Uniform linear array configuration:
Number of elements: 32
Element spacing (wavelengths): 1
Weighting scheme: cosine
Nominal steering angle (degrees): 15
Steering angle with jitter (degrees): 14.998
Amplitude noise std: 0.05
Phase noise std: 0.05

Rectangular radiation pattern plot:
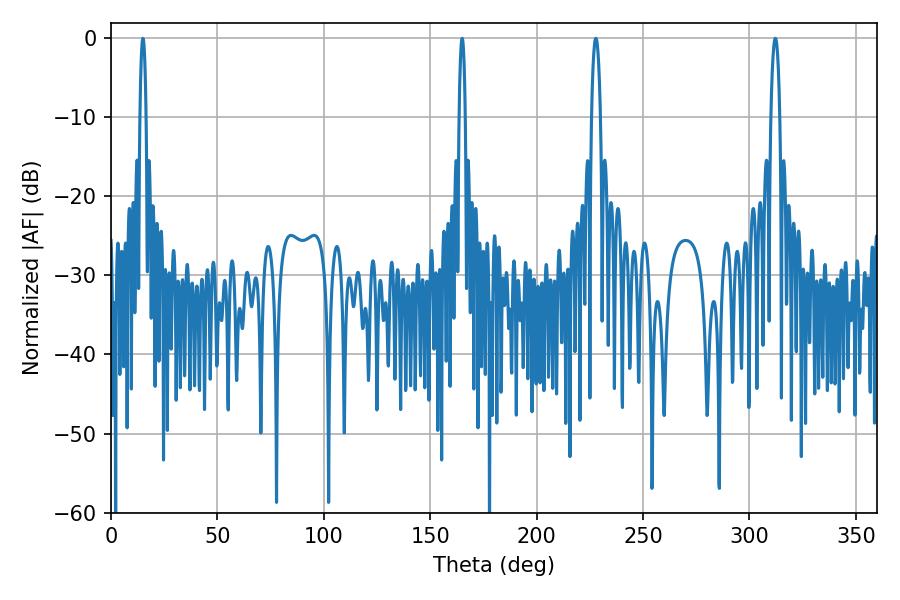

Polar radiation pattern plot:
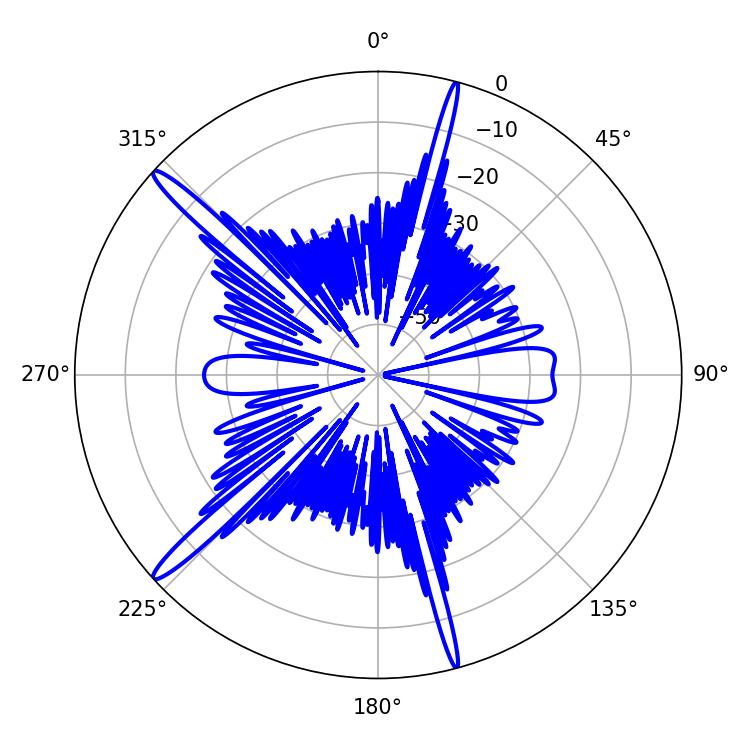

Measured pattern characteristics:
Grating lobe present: TRUE
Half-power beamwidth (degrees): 2.34
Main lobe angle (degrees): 312.12